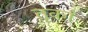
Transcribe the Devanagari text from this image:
तृकां